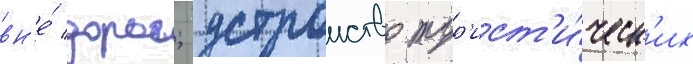
вн'е́ дорог; устроиство тур'ист'и́ческ'их